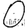
Digit: 0